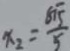
x _ { 2 } = \frac { 5 \sqrt { 1 5 } } { 5 }